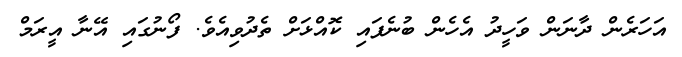
އަހަރެން ދާނަން ވަހީދު އެހެން ބުނެފައި ކޮއްޅަށް ތެދުވިއެވެ. ފޯނުގައި އޭނާ އީރަމް